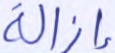
إزالة